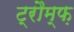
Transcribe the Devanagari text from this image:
ट्रौम्फ़